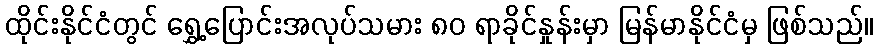
ထိုင်းနိုင်ငံတွင် ရွှေ့ပြောင်းအလုပ်သမား ၈၀ ရာခိုင်နှုန်းမှာ မြန်မာနိုင်ငံမှ ဖြစ်သည်။